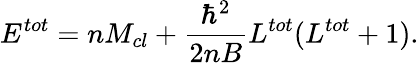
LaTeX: E^{tot}=nM_{cl}+\frac{\hbar^{2}}{2nB}L^{tot}(L^{tot}+1).